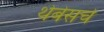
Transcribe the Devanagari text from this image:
थेबेसचे